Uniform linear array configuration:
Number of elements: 12
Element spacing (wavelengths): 0.75
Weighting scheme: hann
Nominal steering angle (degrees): -15
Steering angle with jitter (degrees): -15.334
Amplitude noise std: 0.05
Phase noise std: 0.05

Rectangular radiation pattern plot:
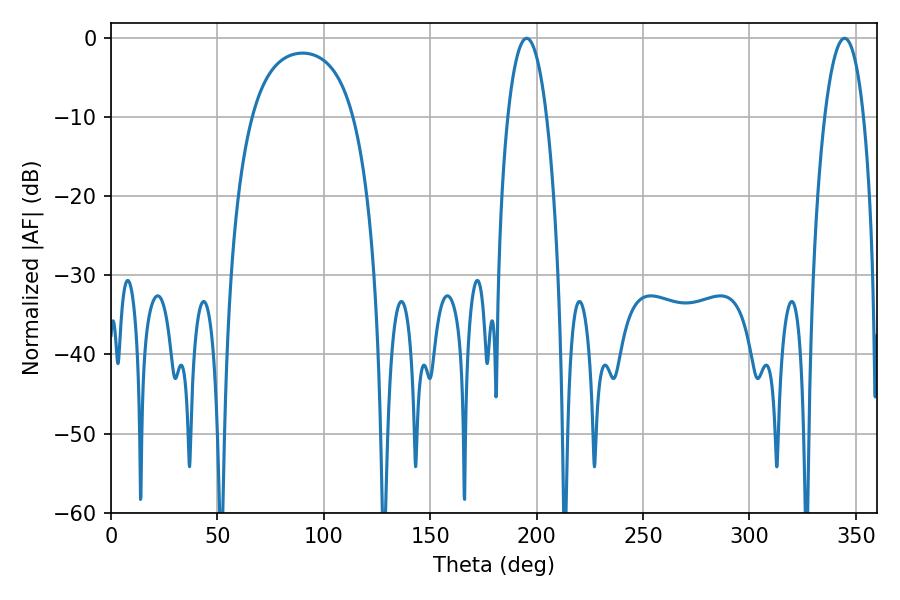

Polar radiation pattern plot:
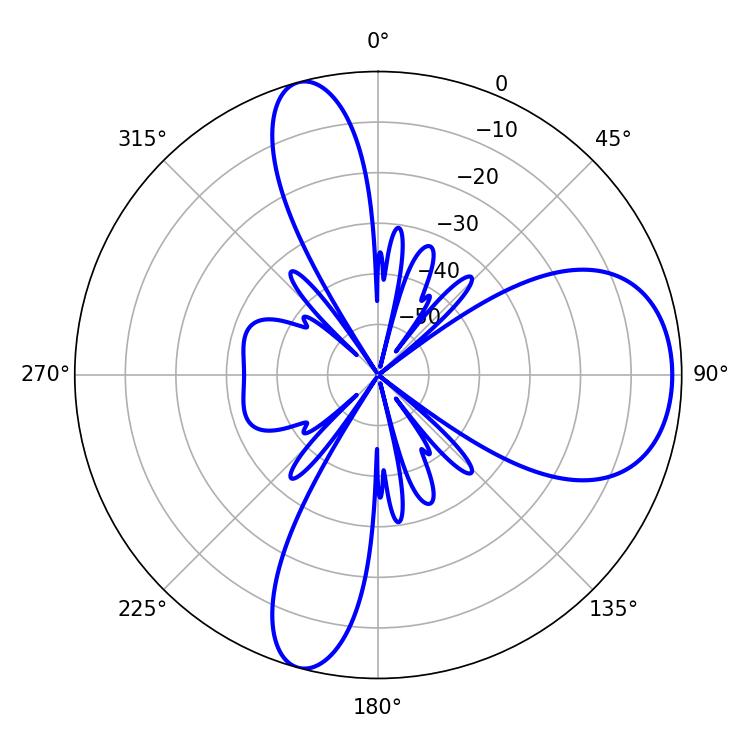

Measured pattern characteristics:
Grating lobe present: TRUE
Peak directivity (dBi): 8.813
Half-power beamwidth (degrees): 10.26
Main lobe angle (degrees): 195.3